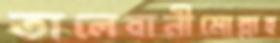
তালেবানীমোল্লাহ